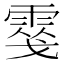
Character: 𩃢